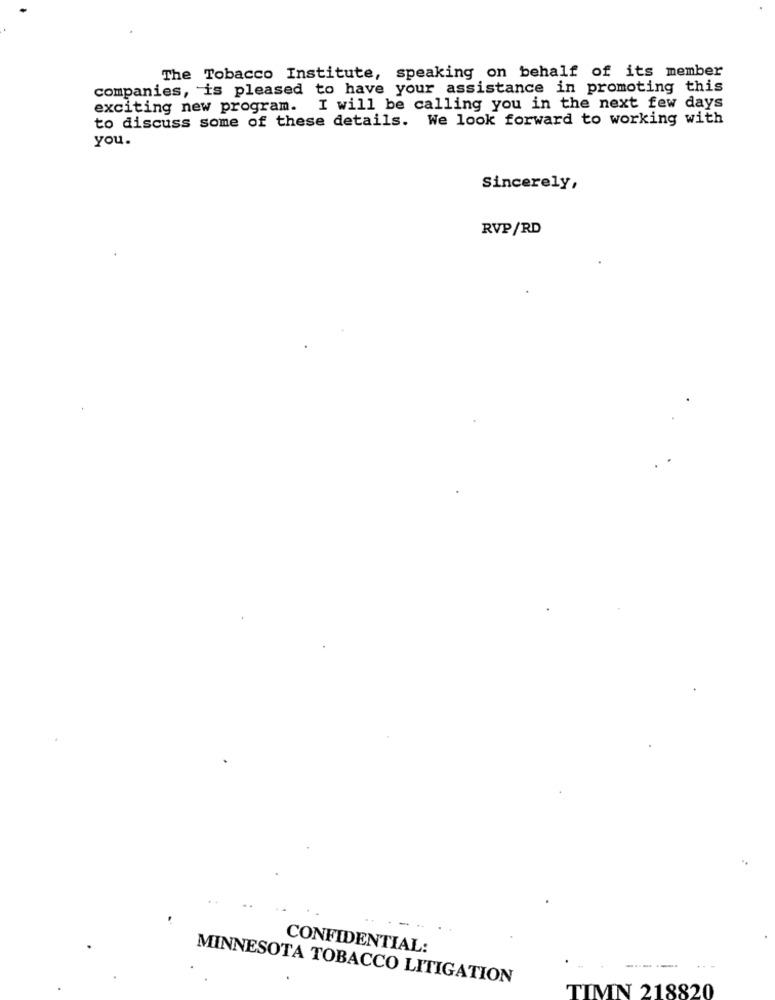
The Tobacco Institute, speaking on behalf of its member
companies, is pleased to have your assistance in promoting this
exciting new program. I will be calling you in the next few days
to discuss some of these details. We look forward to working with
you.
Sincerely,
RVP/RD
CONFIDENTIAL:
------
MINNESOTA TOBACCO LITIGATION
TIMN 218820